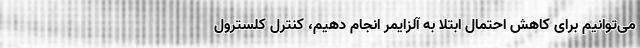
می‌توانیم برای کاهش احتمال ابتلا به آلزایمر انجام دهیم، کنترل کلسترول